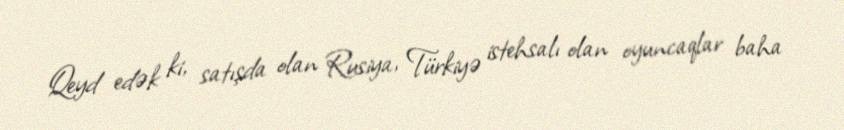
Qeyd edək ki, satışda olan Rusiya, Türkiyə istehsalı olan oyuncaqlar baha